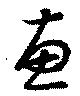
恵